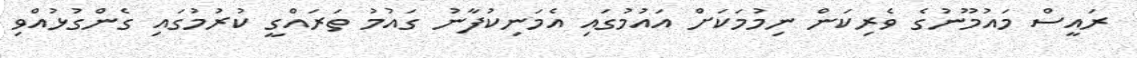
ރައީސް މައުމޫނުގެ ވެރިކަން ނިމުމަކަށް އައުމުގައި އެމަނިކުފާނު ގައުމު ތަރައްގީ ކުރުމުގައި ގެންގުޅުއްވި